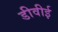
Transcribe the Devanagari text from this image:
डीवीई